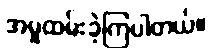
အမှုထမ်းခဲ့ကြပါတယ်။